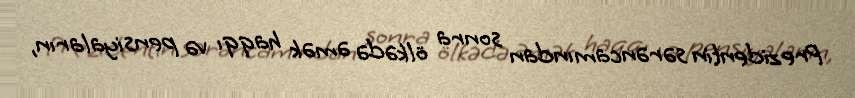
Prezidentin sərəncamından sonra ölkədə əmək haqqı və pensiyaların,